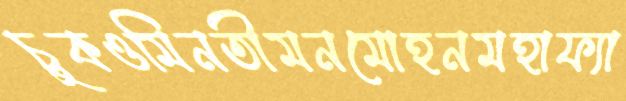
চুকওমিনতীমনমোহনমহাফ্যা